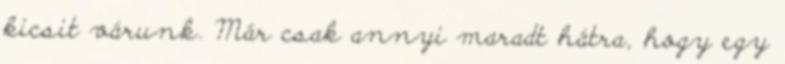
kicsit várunk. Már csak annyi maradt hátra, hogy egy